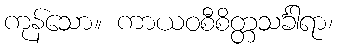
ကုန်သော။ ကာယဝစီစိတ္တသင်္ခါရာ၊